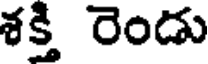
శక్తి రెండు